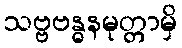
သဗ္ဗဗန္ဓနမုတ္တာမှိ